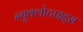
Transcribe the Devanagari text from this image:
न्यूक्लोटाइड्स